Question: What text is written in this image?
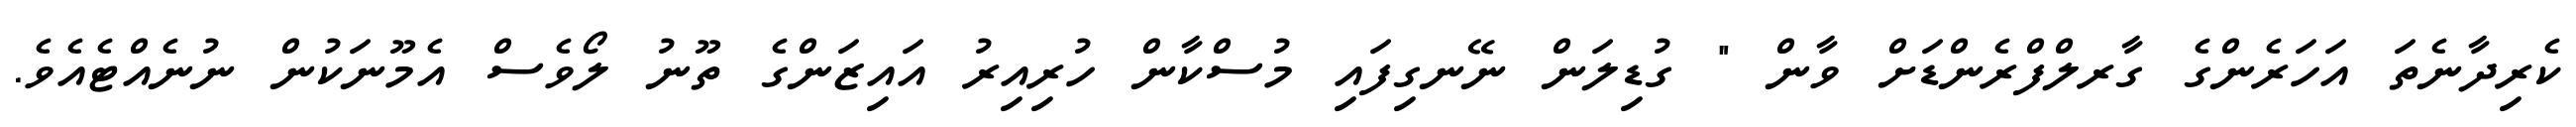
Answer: ކެރިދާނެތަ އަހަރެންގެ ގާރލްފްރެންޑަށް ވާން " ގުޑިލަން ނޭނގިފައި މުސްކާން ހުރިއިރު އައިޒަންގެ ތޫނު ލޯވެސް އެމޫނަކުން ނުނެއްޓެއެވެ.